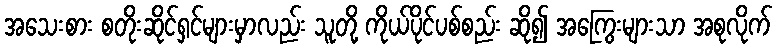
အသေးစား စတိုးဆိုင်ရှင်များမှာလည်း သူတို့ ကိုယ်ပိုင်ပစ်စည်း ဆို၍ အကြွေးများသာ အစုလိုက်